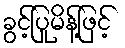
ခွင့်ပြုမိန့်ဖြင့်